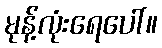
မုန့်လုံးရေပေါ်။